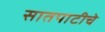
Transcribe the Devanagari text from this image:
सातपाटीचे